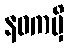
နဝကမှိ